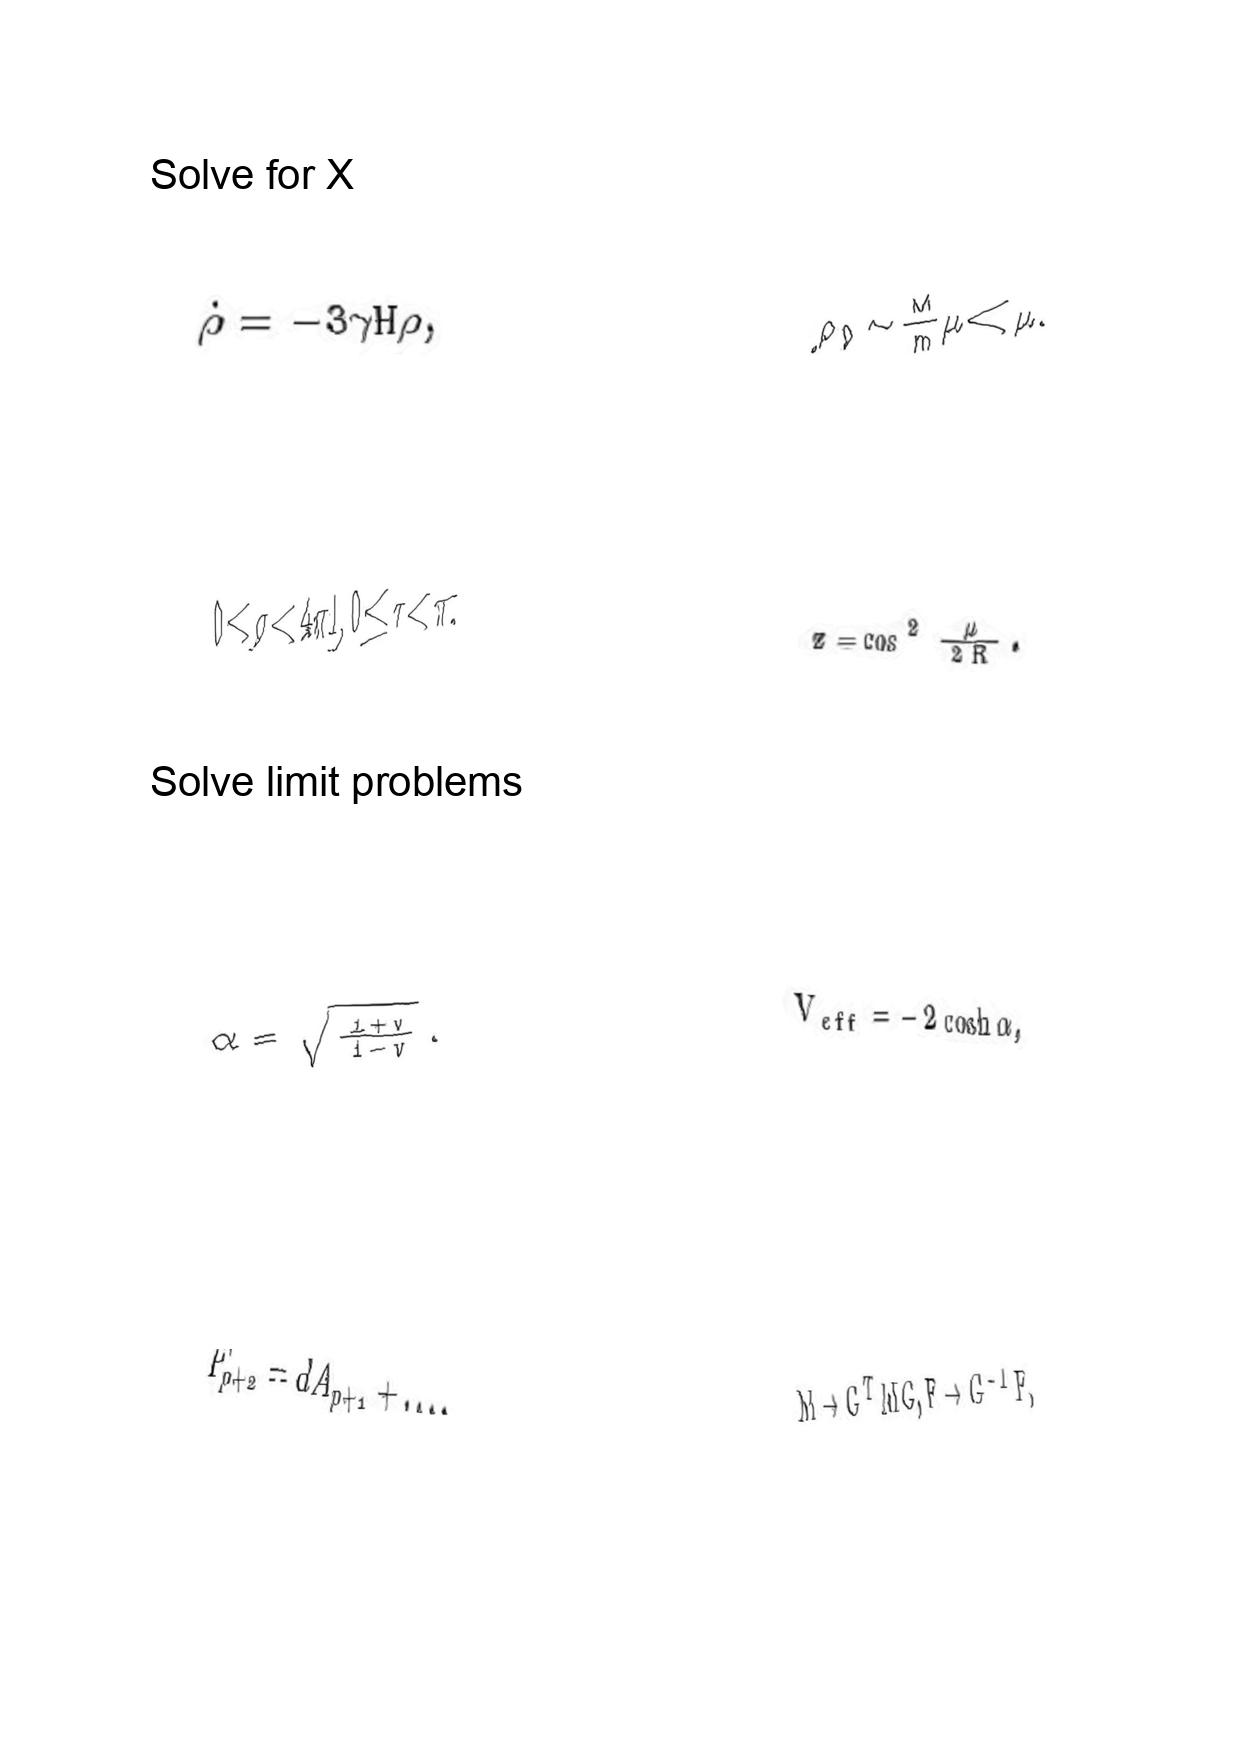
LaTeX transcription:
\dot { \rho } = - 3 \gamma H \rho ,
0 \leq \sigma \lt 4 \pi l , 0 \leq \tau \lt \pi .
\alpha = \sqrt { \frac { 1 + v } { 1 - v } } .
F _ { p + 2 } = d A _ { p + 1 } + \ldots .
\rho _ { 0 } \sim \frac { M } { m } \mu \ll \mu .
z = \cos ^ { 2 } \frac { \mu } { 2 R } .
V _ { e f f } = - 2 \cosh \alpha ,
M \to G ^ { T } M G , F \to G ^ { - 1 } F ,